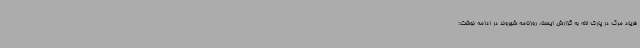
فریاد مرگ در پارک لاله به گزارش ایسنا، روزنامه شهروند در ادامه نوشت: